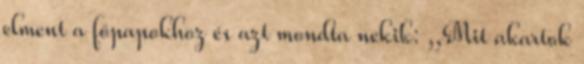
elment a főpapokhoz és azt mondta nekik: ,,Mit akartok